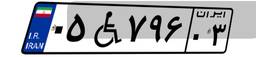
۰۵W۷۹۶۰۳